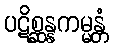
ပဋိစ္ဆန္နကမ္မန္တံ